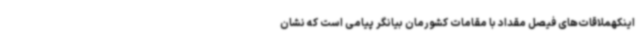
اینکهملاقات‌های فیصل مقداد با مقامات کشورمان بیانگر پیامی است که نشان